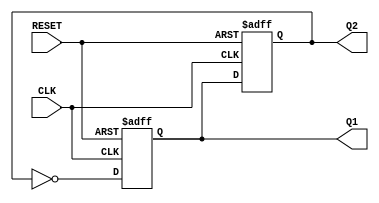
module dual_stage_johnson_counter (
    input wire CLK,      // Clock input
    input wire RESET,    // Reset input
    output reg Q1,       // Output of the first flip-flop
    output reg Q2        // Output of the second flip-flop
);

// Always block triggered on the rising edge of the clock or when reset is asserted
always @(posedge CLK or posedge RESET) begin
    if (RESET) begin
        // Initialize both flip-flops to 0 when reset is asserted
        Q1 <= 1'b0;
        Q2 <= 1'b0;
    end else begin
        // State transition logic for the Dual-stage Johnson Counter
        Q1 <= ~Q2;  // D1 is the inverted output of Q2
        Q2 <= Q1;   // D2 is the output of Q1
    end
end

endmodule